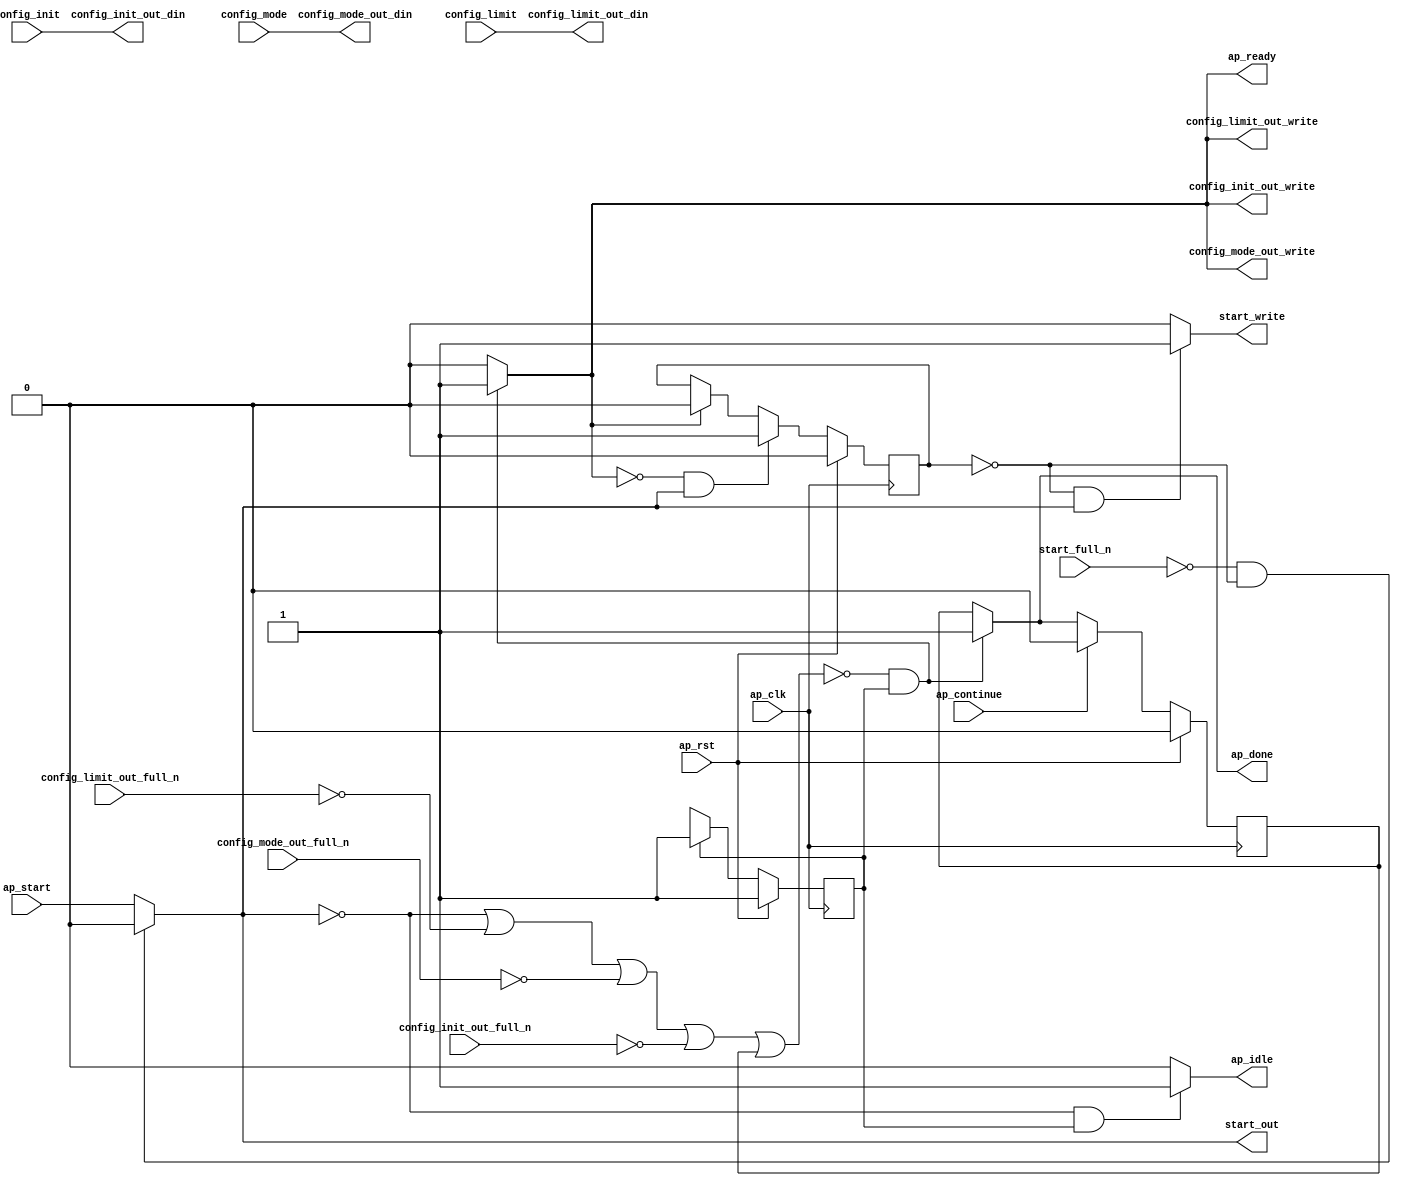
// ==============================================================
// RTL generated by Vivado(TM) HLS - High-Level Synthesis from C, C++ and SystemC
// Version: 2018.1
// Copyright (C) 1986-2018 Xilinx, Inc. All Rights Reserved.
// 
// ===========================================================

`timescale 1 ns / 1 ps 

module DuneDataCompressionC_2 (
        ap_clk,
        ap_rst,
        ap_start,
        start_full_n,
        ap_done,
        ap_continue,
        ap_idle,
        ap_ready,
        start_out,
        start_write,
        config_init,
        config_mode,
        config_limit,
        config_init_out_din,
        config_init_out_full_n,
        config_init_out_write,
        config_mode_out_din,
        config_mode_out_full_n,
        config_mode_out_write,
        config_limit_out_din,
        config_limit_out_full_n,
        config_limit_out_write
);

parameter    ap_ST_fsm_state1 = 1'd1;

input   ap_clk;
input   ap_rst;
input   ap_start;
input   start_full_n;
output   ap_done;
input   ap_continue;
output   ap_idle;
output   ap_ready;
output   start_out;
output   start_write;
input  [31:0] config_init;
input  [31:0] config_mode;
input  [31:0] config_limit;
output  [31:0] config_init_out_din;
input   config_init_out_full_n;
output   config_init_out_write;
output  [31:0] config_mode_out_din;
input   config_mode_out_full_n;
output   config_mode_out_write;
output  [31:0] config_limit_out_din;
input   config_limit_out_full_n;
output   config_limit_out_write;

reg ap_done;
reg ap_idle;
reg start_write;
reg config_init_out_write;
reg config_mode_out_write;
reg config_limit_out_write;

reg    real_start;
reg    start_once_reg;
reg    ap_done_reg;
(* fsm_encoding = "none" *) reg   [0:0] ap_CS_fsm;
wire    ap_CS_fsm_state1;
reg    internal_ap_ready;
reg    config_init_out_blk_n;
reg    config_mode_out_blk_n;
reg    config_limit_out_blk_n;
reg    ap_block_state1;
reg   [0:0] ap_NS_fsm;

// power-on initialization
initial begin
#0 start_once_reg = 1'b0;
#0 ap_done_reg = 1'b0;
#0 ap_CS_fsm = 1'd1;
end

always @ (posedge ap_clk) begin
    if (ap_rst == 1'b1) begin
        ap_CS_fsm <= ap_ST_fsm_state1;
    end else begin
        ap_CS_fsm <= ap_NS_fsm;
    end
end

always @ (posedge ap_clk) begin
    if (ap_rst == 1'b1) begin
        ap_done_reg <= 1'b0;
    end else begin
        if ((ap_continue == 1'b1)) begin
            ap_done_reg <= 1'b0;
        end else if ((~((real_start == 1'b0) | (config_limit_out_full_n == 1'b0) | (config_mode_out_full_n == 1'b0) | (config_init_out_full_n == 1'b0) | (ap_done_reg == 1'b1)) & (1'b1 == ap_CS_fsm_state1))) begin
            ap_done_reg <= 1'b1;
        end
    end
end

always @ (posedge ap_clk) begin
    if (ap_rst == 1'b1) begin
        start_once_reg <= 1'b0;
    end else begin
        if (((internal_ap_ready == 1'b0) & (real_start == 1'b1))) begin
            start_once_reg <= 1'b1;
        end else if ((internal_ap_ready == 1'b1)) begin
            start_once_reg <= 1'b0;
        end
    end
end

always @ (*) begin
    if ((~((real_start == 1'b0) | (config_limit_out_full_n == 1'b0) | (config_mode_out_full_n == 1'b0) | (config_init_out_full_n == 1'b0) | (ap_done_reg == 1'b1)) & (1'b1 == ap_CS_fsm_state1))) begin
        ap_done = 1'b1;
    end else begin
        ap_done = ap_done_reg;
    end
end

always @ (*) begin
    if (((real_start == 1'b0) & (1'b1 == ap_CS_fsm_state1))) begin
        ap_idle = 1'b1;
    end else begin
        ap_idle = 1'b0;
    end
end

always @ (*) begin
    if ((1'b1 == ap_CS_fsm_state1)) begin
        config_init_out_blk_n = config_init_out_full_n;
    end else begin
        config_init_out_blk_n = 1'b1;
    end
end

always @ (*) begin
    if ((~((real_start == 1'b0) | (config_limit_out_full_n == 1'b0) | (config_mode_out_full_n == 1'b0) | (config_init_out_full_n == 1'b0) | (ap_done_reg == 1'b1)) & (1'b1 == ap_CS_fsm_state1))) begin
        config_init_out_write = 1'b1;
    end else begin
        config_init_out_write = 1'b0;
    end
end

always @ (*) begin
    if ((1'b1 == ap_CS_fsm_state1)) begin
        config_limit_out_blk_n = config_limit_out_full_n;
    end else begin
        config_limit_out_blk_n = 1'b1;
    end
end

always @ (*) begin
    if ((~((real_start == 1'b0) | (config_limit_out_full_n == 1'b0) | (config_mode_out_full_n == 1'b0) | (config_init_out_full_n == 1'b0) | (ap_done_reg == 1'b1)) & (1'b1 == ap_CS_fsm_state1))) begin
        config_limit_out_write = 1'b1;
    end else begin
        config_limit_out_write = 1'b0;
    end
end

always @ (*) begin
    if ((1'b1 == ap_CS_fsm_state1)) begin
        config_mode_out_blk_n = config_mode_out_full_n;
    end else begin
        config_mode_out_blk_n = 1'b1;
    end
end

always @ (*) begin
    if ((~((real_start == 1'b0) | (config_limit_out_full_n == 1'b0) | (config_mode_out_full_n == 1'b0) | (config_init_out_full_n == 1'b0) | (ap_done_reg == 1'b1)) & (1'b1 == ap_CS_fsm_state1))) begin
        config_mode_out_write = 1'b1;
    end else begin
        config_mode_out_write = 1'b0;
    end
end

always @ (*) begin
    if ((~((real_start == 1'b0) | (config_limit_out_full_n == 1'b0) | (config_mode_out_full_n == 1'b0) | (config_init_out_full_n == 1'b0) | (ap_done_reg == 1'b1)) & (1'b1 == ap_CS_fsm_state1))) begin
        internal_ap_ready = 1'b1;
    end else begin
        internal_ap_ready = 1'b0;
    end
end

always @ (*) begin
    if (((start_full_n == 1'b0) & (start_once_reg == 1'b0))) begin
        real_start = 1'b0;
    end else begin
        real_start = ap_start;
    end
end

always @ (*) begin
    if (((start_once_reg == 1'b0) & (real_start == 1'b1))) begin
        start_write = 1'b1;
    end else begin
        start_write = 1'b0;
    end
end

always @ (*) begin
    case (ap_CS_fsm)
        ap_ST_fsm_state1 : begin
            ap_NS_fsm = ap_ST_fsm_state1;
        end
        default : begin
            ap_NS_fsm = 'bx;
        end
    endcase
end

assign ap_CS_fsm_state1 = ap_CS_fsm[32'd0];

always @ (*) begin
    ap_block_state1 = ((real_start == 1'b0) | (config_limit_out_full_n == 1'b0) | (config_mode_out_full_n == 1'b0) | (config_init_out_full_n == 1'b0) | (ap_done_reg == 1'b1));
end

assign ap_ready = internal_ap_ready;

assign config_init_out_din = config_init;

assign config_limit_out_din = config_limit;

assign config_mode_out_din = config_mode;

assign start_out = real_start;

endmodule //DuneDataCompressionC_2